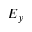
E _ { y }